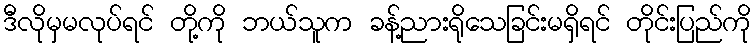
ဒီလိုမှမလုပ်ရင် တို့ကို ဘယ်သူက ခန့်ညားရိုသေခြင်းမရှိရင် တိုင်းပြည်ကို